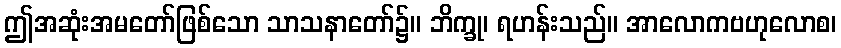
ဤအဆုံးအမတော်ဖြစ်သော သာသနာတော်၌။ ဘိက္ခု၊ ရဟန်းသည်။ အာလောကဗဟုလောစ၊